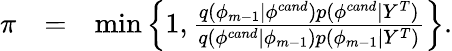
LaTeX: \begin{array}{rcl}{\pi}&{=}&{\operatorname*{min}\left\{ 1,\frac{q(\phi_{m-1}|\phi^{cand})p(\phi^{cand}|Y^{T})}{q(\phi^{cand}|\phi_{m-1})p(\phi_{m-1}|Y^{T})}\right\} .}\end{array}